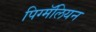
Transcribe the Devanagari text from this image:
पिग्मॅलियन